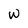
Character: W